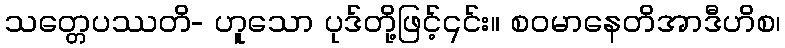
သတ္တေပဿတိ- ဟူသော ပုဒ်တို့ဖြင့်၎င်း။ စဝမာနေတိအာဒီဟိစ၊